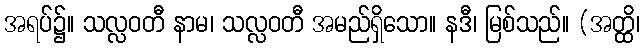
အရပ်၌။ သလ္လဝတီ နာမ၊ သလ္လဝတီ အမည်ရှိသော။ နဒီ၊ မြစ်သည်။ (အတ္ထိ၊